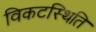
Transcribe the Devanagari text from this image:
विकटस्थिति